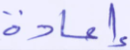
إعادة